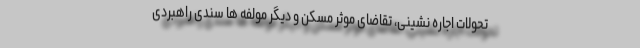
تحولات اجاره نشینی، تقاضای موثر مسکن و دیگر مولفه ها سندی راهبردی